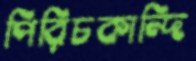
পিরিচকান্দি